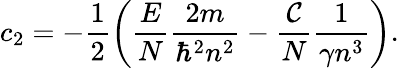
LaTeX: c_{2}=-\frac{1}{2}\left(\frac{E}{N}\frac{2m}{\hbar^{2}n^{2}}-\frac{\mathcal{C}}{N}\frac{1}{\gamma n^{3}}\right).